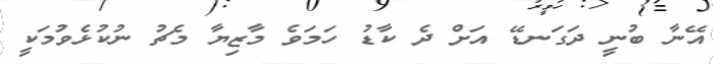
އޭނާ ބުނީ ދަގަނޑޭ އަށް ދެ ކާޑު ހަމަވެ މާޒިޔާ މެޗު ނުކުޅެވުމަކީ